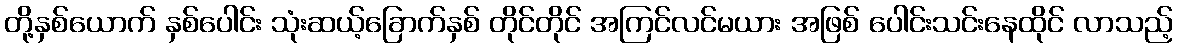
တို့နှစ်ယောက် နှစ်ပေါင်း သုံးဆယ့်ခြောက်နှစ် တိုင်တိုင် အကြင်လင်မယား အဖြစ် ပေါင်းသင်းနေထိုင် လာသည့်